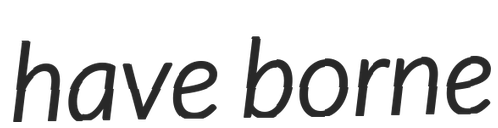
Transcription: have borne